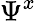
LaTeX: \Psi^{x}